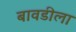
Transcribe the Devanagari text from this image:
बावडीला